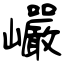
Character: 巗